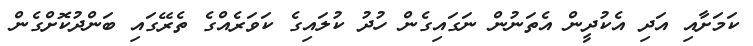
ކަމަށާއި އަދި އެކުދީން އެތަނުން ނަގައިގެން ހުދު ކުލައިގެ ކަވަރެއްގެ ތެރޭގައި ބަންދުކޮށްގެން